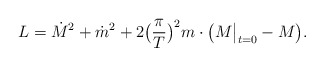
\begin{align*}L={\dot M}^2 + {\dot m}^2 + 2 \bigl( \frac{\pi}{T} \bigr)^2 m\cdot \bigl( M\big\vert_{t=0} - M \bigr). \end{align*}